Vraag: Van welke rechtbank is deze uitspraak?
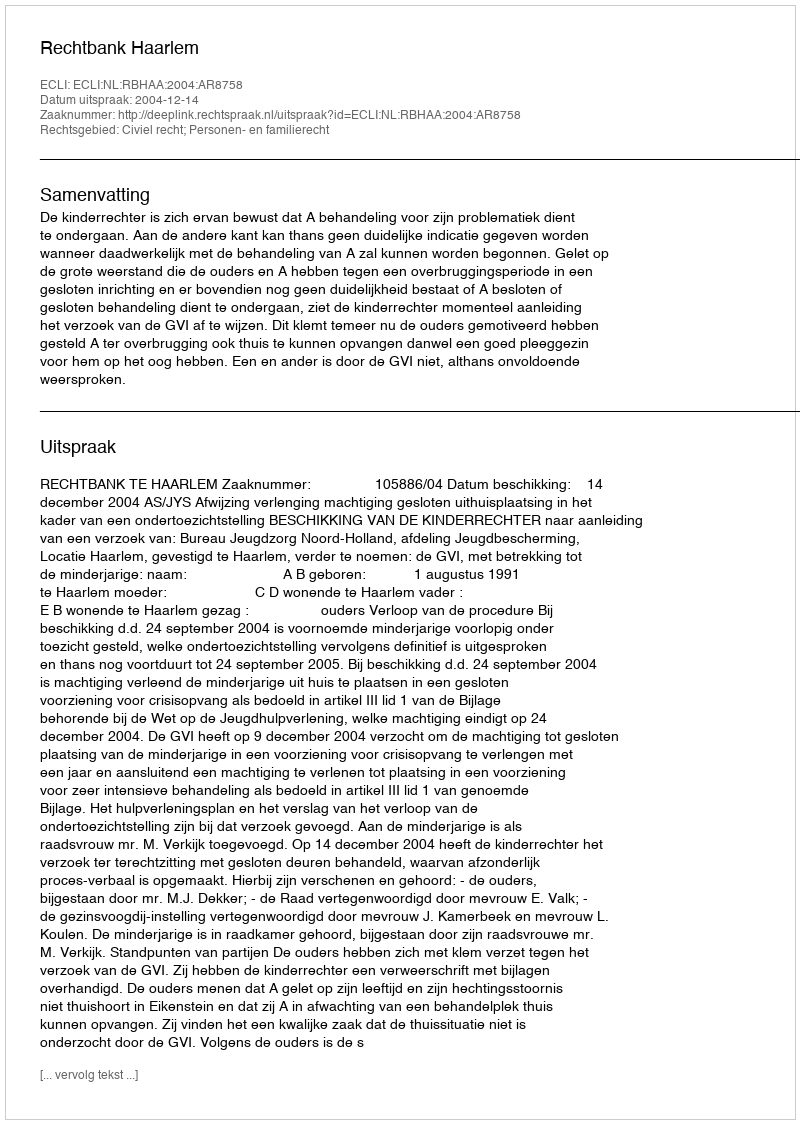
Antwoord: Rechtbank Haarlem